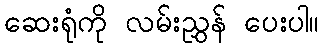
ဆေးရုံကို လမ်းညွှန် ပေးပါ။